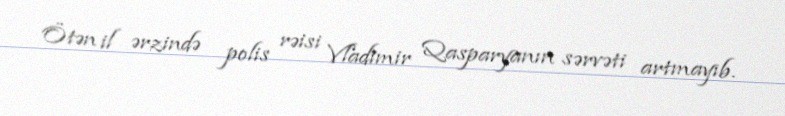
Ötən il ərzində polis rəisi Vladimir Qasparyanın sərvəti artmayıb.